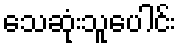
သေဆုံးသူပေါင်း